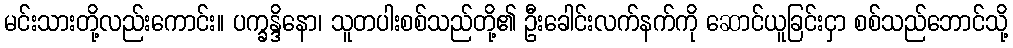
မင်းသားတို့လည်းကောင်း။ ပက္ခန္ဒိနော၊ သူတပါးစစ်သည်တို့၏ ဦးခေါင်းလက်နက်ကို ဆောင်ယူခြင်းငှာ စစ်သည်ဘောင်သို့